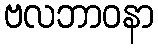
ဗလဘာဝနာ